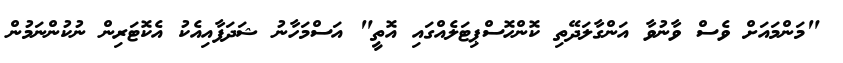
"މަންމައަށް ވެސް ވާނުވާ އަންގާލަދޭތި ކޮންހޮސްޕިޓަލެއްގައި އޮތީ" އަސްމަހާނު ޝަދަފާއިއެކު އެކޮޓަރިން ނުކުންނަމުން